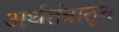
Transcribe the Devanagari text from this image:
अर्थतंत्रातून